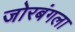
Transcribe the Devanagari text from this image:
जोरबंगला